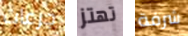
جرعات تهتز شرفة